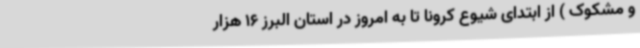
و مشکوک ) از ابتدای شیوع کرونا تا به امروز در استان البرز 16 هزار